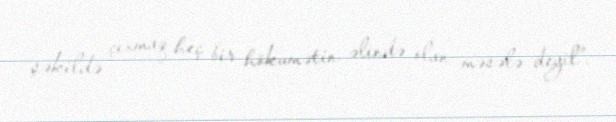
şəkildə çıxmaq heç bir hökumətin əlində olan məsələ deyil”.